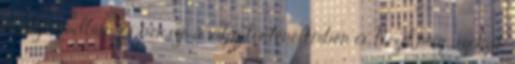
Hollywoodban és persze a világtörténelemben is. Nézd meg azokat,